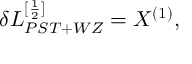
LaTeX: \delta { \cal L } _ { P S T + W Z } ^ { [ \frac { 1 } { 2 } ] } = X ^ { ( 1 ) } ,